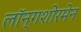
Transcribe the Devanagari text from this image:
लॉन्गशोरमेन